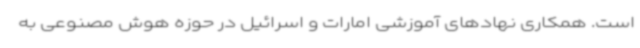
است. همکاری نهادهای آموزشی امارات و اسرائیل در حوزه هوش مصنوعی به